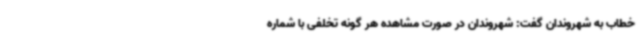
خطاب به شهروندان گفت: شهروندان در صورت مشاهده هر گونه تخلفی با شماره